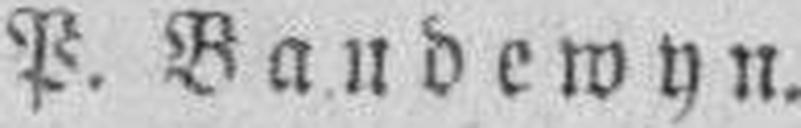
P. Baudewyn.